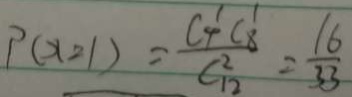
P ( x = 1 ) = \frac { C _ { 1 } C _ { 8 } } { C _ { 1 2 } ^ { 2 } } = \frac { 1 6 } { 3 3 }